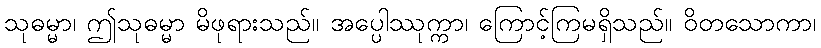
သုဓမ္မာ၊ ဤသုဓမ္မာ မိဖုရားသည်။ အပ္ပေါဿုက္ကာ၊ ကြောင့်ကြမရှိသည်။ ဝိတသောကာ၊